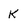
Character: k